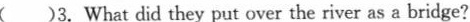
( )3. What did they put over the river as a bridge?